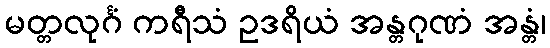
မတ္တလုင်္ဂံ ကရီသံ ဥဒရိယံ အန္တဂုဏံ အန္တံ၊